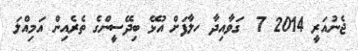
ޖެނުއަރީ 2014 7  ގަވާއިދާ ހލާފަށް އުޅޭ ބިދޭސީންގެ ތެރެއިން އަމިއްލަ